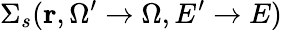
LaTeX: \Sigma_{s}(\mathbf{r},\Omega^{\prime}\rightarrow\Omega,E^{\prime}\rightarrow E)